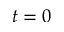
t = 0